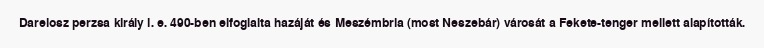
Dareiosz perzsa király i. e. 490-ben elfoglalta hazáját és Meszémbria (most Neszebár) városát a Fekete-tenger mellett alapították.